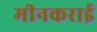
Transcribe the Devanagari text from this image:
मीनकराई